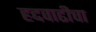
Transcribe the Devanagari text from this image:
हद्दवाढीचा